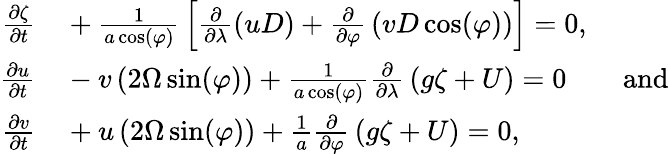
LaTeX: \begin{array}{rl}{{\frac{\partial\zeta}{\partial t}}}&{{}+{\frac{1}{a\cos(\varphi)}}\left[{\frac{\partial}{\partial\lambda}}(uD)+{\frac{\partial}{\partial\varphi}}\left(vD\cos(\varphi)\right)\right]=0,}\\ {{\frac{\partial u}{\partial t}}}&{{}-v\left(2\Omega\sin(\varphi)\right)+{\frac{1}{a\cos(\varphi)}}{\frac{\partial}{\partial\lambda}}\left(g\zeta+U\right)=0\qquad{\mathrm{and}}}\\ {{\frac{\partial v}{\partial t}}}&{{}+u\left(2\Omega\sin(\varphi)\right)+{\frac{1}{a}}{\frac{\partial}{\partial\varphi}}\left(g\zeta+U\right)=0,}\end{array}